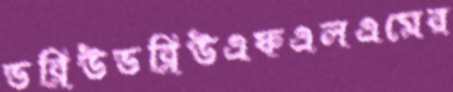
ডব্লিউডব্লিউএফএলএমের